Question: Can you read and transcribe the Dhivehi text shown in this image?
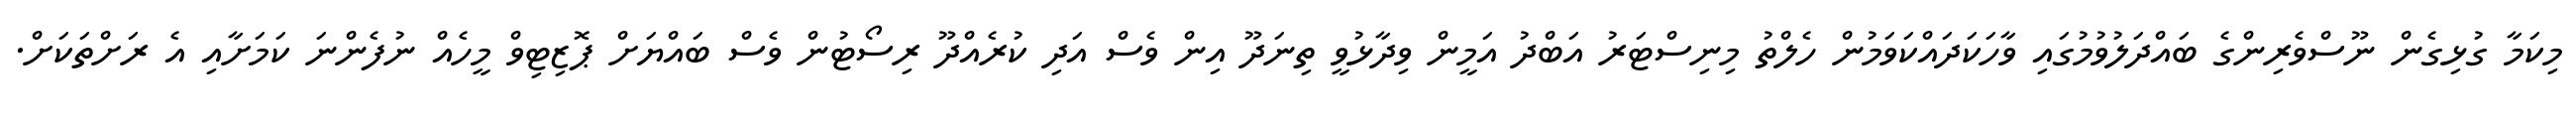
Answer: މިކަމާ ގުޅިގެން ނޫސްވެރިންގެ ބައްދަލުވުމުގައި ވާހަކަދައްކަވަމުން ހެލްތު މިނިސްޓަރު އަބްދު އަމީން ވިދާޅުވީ ތިނަދޫ އިން ވެސް އަދި ކުރެއްދޫ ރިސޯޓުން ވެސް ބައްޔަށް ޕޮޒިޓިވް މީހެއް ނުފެންނަ ކަމަށާއި އެ ރަށްތަކަށް.